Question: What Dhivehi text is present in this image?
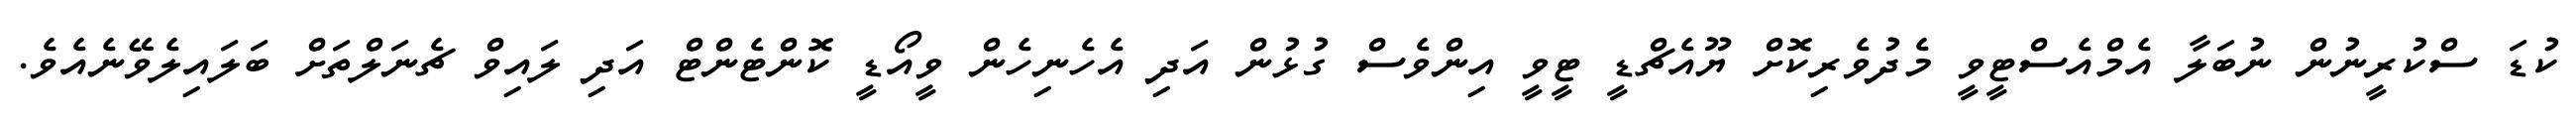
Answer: ކުޑަ ސްކުރީނުން ނުބަލާ އެމްއެސްޓީވީ މެދުވެރިކޮށް ޔޫއެޗްޑީ ޓީވީ އިންވެސް ގުޅުން އަދި އެހެނިހެން ވީއޯޑީ ކޮންޓެންޓް އަދި ލައިވް ޗެނަލްތަށް ބަލައިލެވޭނެއެވެ.